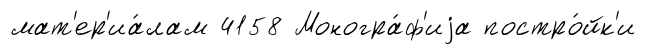
мат'ер'иа́лам 4158 Моногра́ф'иjа постро́йк'и